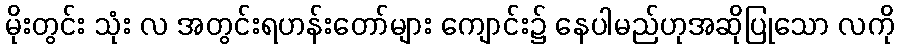
မိုးတွင်း သုံး လ အတွင်းရဟန်းတော်များ ကျောင်း၌ နေပါမည်ဟုအဆိုပြုသော လကို